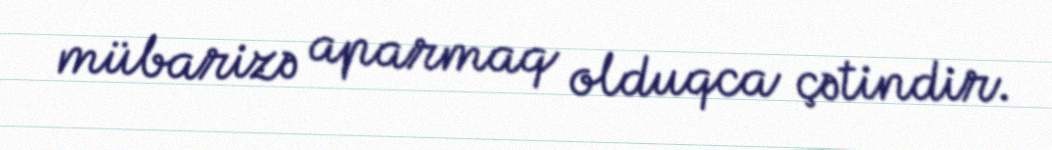
mübarizə aparmaq olduqca çətindir.